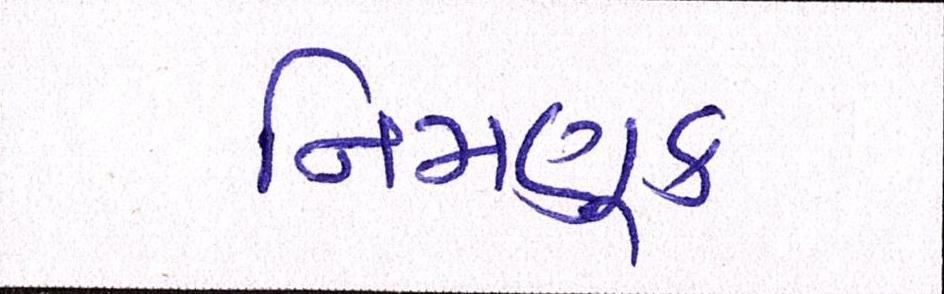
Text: નિમણુક